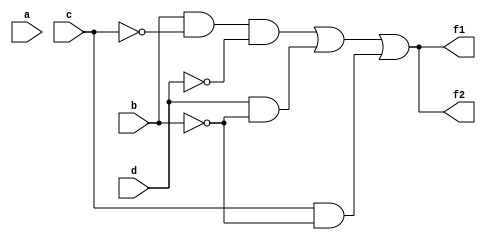
module l2q1b(a,b,c,d,f1,f2);
input a,b,c,d;
output f1,f2;
and(k1,b,~c,~d);
and(k2,d,~b);
and(k3,c,~b);
or(f1,k1,k2,k3);
assign f2=((b&~c)&~d)|(d&~b)|(c&~b);
endmodule